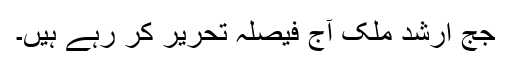
جج ارشد ملک آج فیصلہ تحریر کر رہے ہیں۔